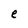
Character: e